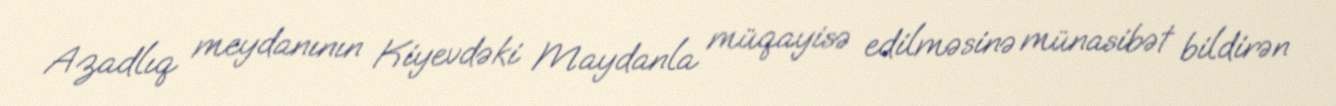
Azadlıq meydanının Kiyevdəki Maydanla müqayisə edilməsinə münasibət bildirən